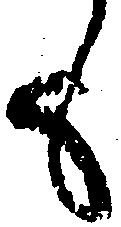
も